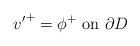
LaTeX: \begin{align*}{v'}^+ = \phi^+\mbox{ on $\partial D$}\end{align*}